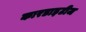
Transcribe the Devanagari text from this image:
कारडाइटीज